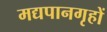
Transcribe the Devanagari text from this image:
मद्यपानगृहों